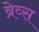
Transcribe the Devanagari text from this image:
ब्रेव्स